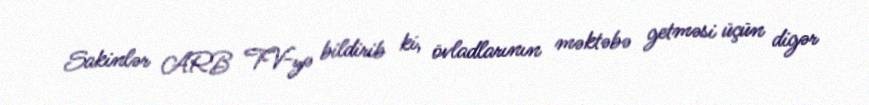
Sakinlər ARB TV-yə bildirib ki, övladlarının məktəbə getməsi üçün digər